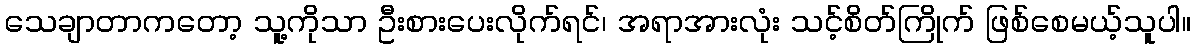
သေချာတာကတော့ သူ့ကိုသာ ဦးစားပေးလိုက်ရင်၊ အရာအားလုံး သင့်စိတ်ကြိုက် ဖြစ်စေမယ့်သူပါ။